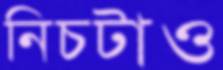
নিচটাও